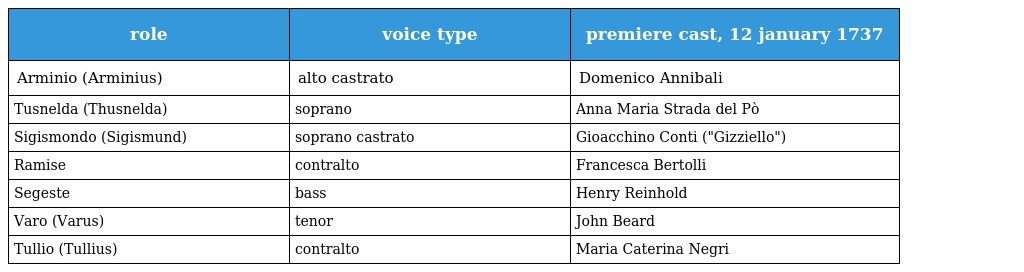
| role | voice type | premiere cast, 12 january 1737 |
 | --- | --- | --- |
 | Arminio (Arminius) | alto castrato | Domenico Annibali |
 | Tusnelda (Thusnelda) | soprano | Anna Maria Strada del Pò |
 | Sigismondo (Sigismund) | soprano castrato | Gioacchino Conti ("Gizziello") |
 | Ramise | contralto | Francesca Bertolli |
 | Segeste | bass | Henry Reinhold |
 | Varo (Varus) | tenor | John Beard |
 | Tullio (Tullius) | contralto | Maria Caterina Negri |